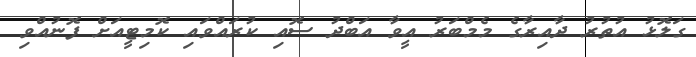
ގަލޮޅު އުތުރު ދާއިރާގެ މެމްބަރު އީވާ އަބްދު ސޮއި ކުރައްވައި ކޮމިޓީއަށް ފޮނުއްވި